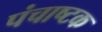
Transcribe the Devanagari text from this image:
पंचाष्टक